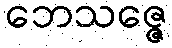
ဘေသဇ္ဇေ